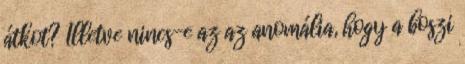
átkot? Illetve nincs-e az az anomália, hogy a boszi